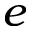
e